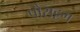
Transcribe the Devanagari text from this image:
पोराट्टम्